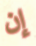
إن